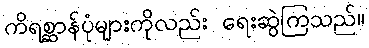
ကိရစ္ဆာန်ပုံများကိုလည်း ရေးဆွဲကြသည်။